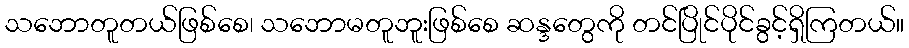
သဘောတူတယ်ဖြစ်စေ၊ သဘောမတူဘူးဖြစ်စေ ဆန္ဒတွေကို တင်ပြိုင်ပိုင်ခွင့်ရှိကြတယ်။